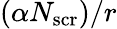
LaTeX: (\alpha N_{\mathrm{scr}})/r